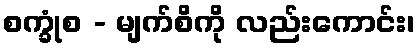
စက္ခုံစ - မျက်စိကို လည်းကောင်း၊